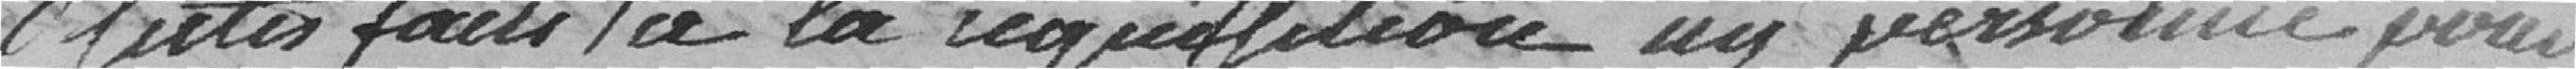
satisfaits à la réquisitions ni personne pour